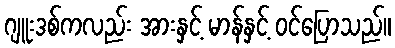
ဂျူးဒစ်ကလည်း အားနှင့် မာန်နှင့် ဝင်ပြောသည်။